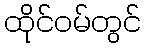
ထိုင်ဝမ်တွင်